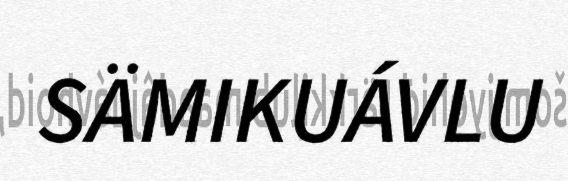
SÄMIKUÁVLU